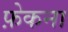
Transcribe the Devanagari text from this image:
फ़ेकना